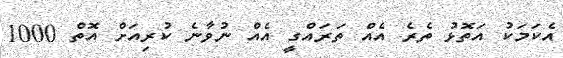
އެކަމަކު އަތޮޅު ތެރެ އެއް ތަރައްގީ އެއް ނުވާނެ ކުރިއަށް އޮތް 1000